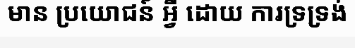
មាន ប្រយោជន៍ អ្វី ដោយ ការទ្រទ្រង់